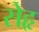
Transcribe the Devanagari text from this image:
सेहृ